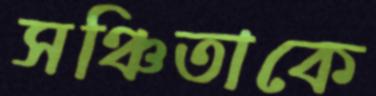
সঞ্চিতাকে